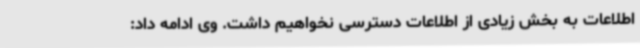
اطلاعات به بخش زیادی از اطلاعات دسترسی نخواهیم داشت. وی ادامه داد: